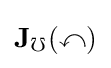
\mathbf {J} _{\mathbb {f} }(\mathbb {x} )